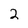
Character: 2